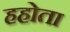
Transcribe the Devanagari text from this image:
हहोता